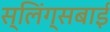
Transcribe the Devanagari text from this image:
स्लिंग्सबाई